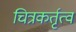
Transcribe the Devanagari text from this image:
चित्रकर्तृत्व